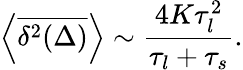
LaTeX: \left<\overline{{\delta^{2}(\Delta)}}\right>\sim\frac{4K\tau_{l}^{2}}{\tau_{l}+\tau_{s}}.